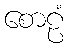
စောဠံ